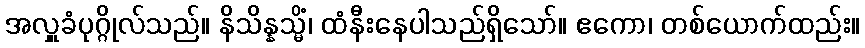
အလှူခံပုဂ္ဂိုလ်သည်။ နိသိန္နသ္မိံ၊ ထံနီးနေပါသည်ရှိသော်။ ဧကော၊ တစ်ယောက်ထည်း။